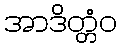
အာဒိတ္တံဝ